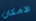
الامكان